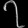
Digit: ၇